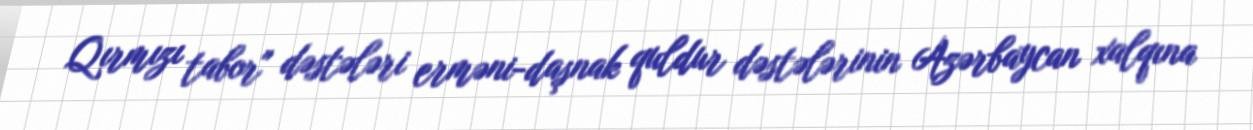
Qırmızı tabor" dəstələri erməni-daşnak quldur dəstələrinin Azərbaycan xalqına